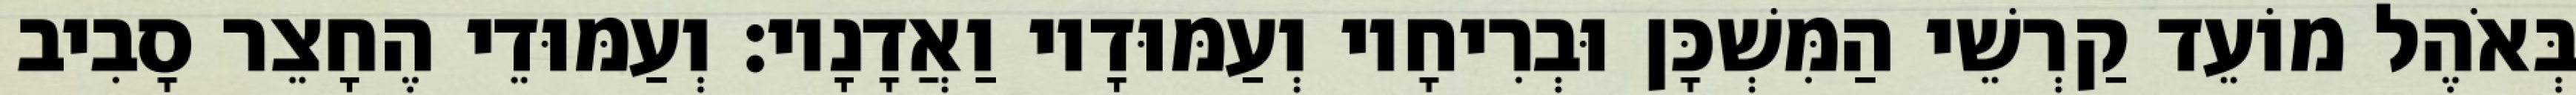
בְּאֹהֶל מוֹעֵד קַרְשֵׁי הַמִּשְׁכָּן וּבְרִיחָיו וְעַמּוּדָיו וַאֲדָנָיו׃ וְעַמּוּדֵי הֶחָצֵר סָבִיב